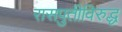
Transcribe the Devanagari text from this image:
रासपुतीविरुद्ध